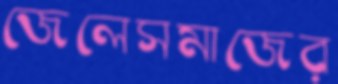
জেলেসমাজের